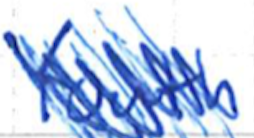
Text: Youth
Cross-out: scratch
Writing tool: ballpoint